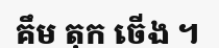
គឹម តុក ចើង ។